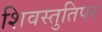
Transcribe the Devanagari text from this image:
शिवस्तुतिपर